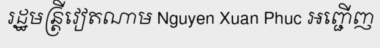
រដ្ឋមន្ត្រីវៀតណាម Nguyen Xuan Phuc អញ្ជើញ